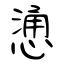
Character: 慂